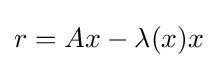
r=Ax-\lambda (x)x